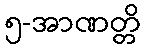
၅-အာဏတ္တိ